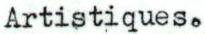
Artistiques.